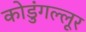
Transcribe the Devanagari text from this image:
कोडुंगल्लूर